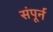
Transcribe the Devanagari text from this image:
संपूर्न